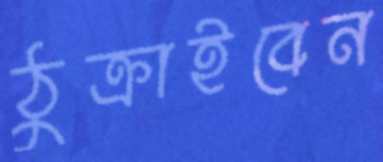
ঠুক্‌রাইবেন